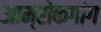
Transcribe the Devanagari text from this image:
आम्रोकगांग